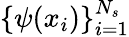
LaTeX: \{ \psi(x_{i})\} _{i=1}^{N_{s}}